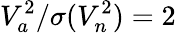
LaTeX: V_{a}^{2}/\sigma(V_{n}^{2})=2